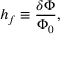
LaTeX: h _ { f } \equiv { \frac { \delta \Phi } { \Phi _ { 0 } } } ,